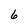
Character: 6